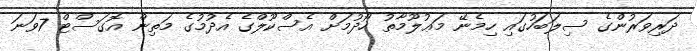
ދަރިވަރުންގެ ސިލަބަހުގައި ހިމެނޭ މަޢުލޫމާތު ހޯދުމަށް އެސްކޫލްގެ އެދުމުގެ މަތިން އޮގަސްޓް 7ވަނަ